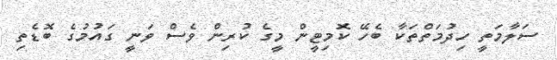
ސަލާމަތީ ހިދުމަތްތަކާ ބެހޭ ކޮމިޓީން މީގެ ކުރިން ވެސް ވަނީ ގައުމުގެ ބޮޑެތި